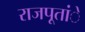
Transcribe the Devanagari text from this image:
राजपूतांे